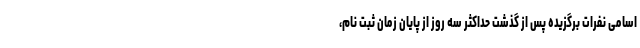
اسامی نفرات برگزیده پس از گذشت حداکثر سه روز از پایان زمان ثبت نام،